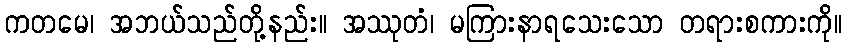
ကတမေ၊ အဘယ်သည်တို့နည်း။ အဿုတံ၊ မကြားနာရသေးသော တရားစကားကို။